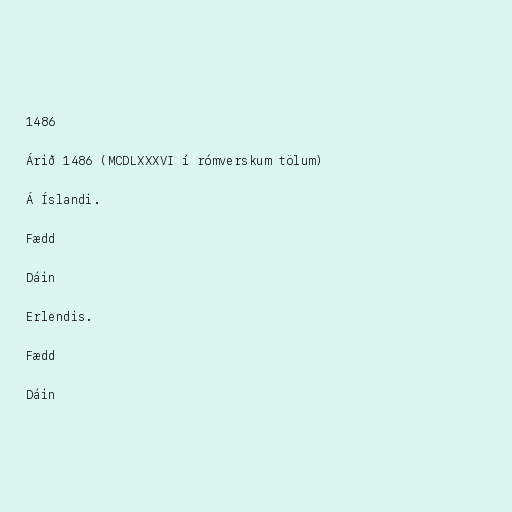
1486

Árið 1486 (MCDLXXXVI í rómverskum tölum)

Á Íslandi.

Fædd

Dáin

Erlendis.

Fædd

Dáin